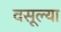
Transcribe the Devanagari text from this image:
वसूल्या